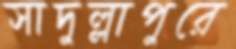
সাদুল্লাপুরে